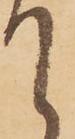
て